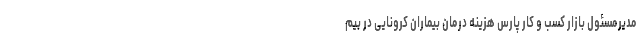
مدیرمسئول بازار کسب و کار پارس هزینه درمان بیماران کرونایی در بیم